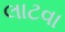
લાટવા